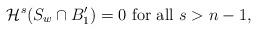
LaTeX: \begin{align*}\mathcal{H}^{s}(S_{w}\cap B_1') = 0 \mbox{ for all } s>n-1,\end{align*}